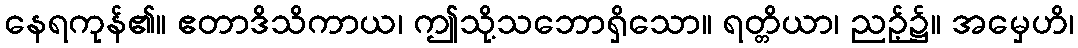
နေရကုန်၏။ ဧတာဒိသိကာယ၊ ဤသို့သဘောရှိသော။ ရတ္တိယာ၊ ညဉ့်၌။ အမှေဟိ၊